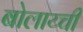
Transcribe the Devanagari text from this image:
बोलाय्ची